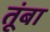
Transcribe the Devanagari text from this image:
तूंबा